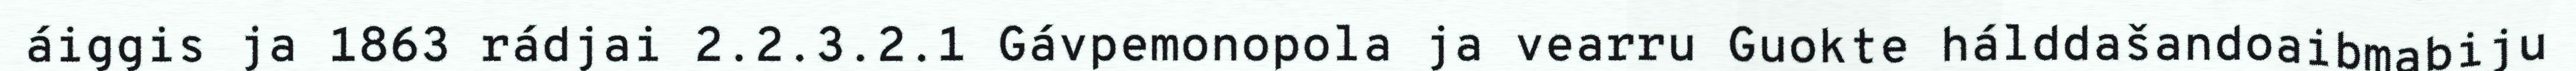
áiggis ja 1863 rádjai 2.2.3.2.1 Gávpemonopola ja vearru Guokte hálddašandoaibmabiju